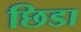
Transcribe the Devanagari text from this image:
छिडा